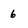
Character: 6